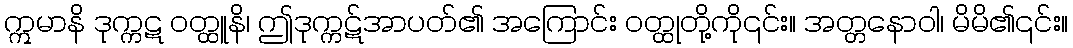
ဣမာနိ ဒုက္ကဋ ဝတ္ထူနိ၊ ဤဒုက္ကဋ်အာပတ်၏ အကြောင်း ဝတ္ထုတို့ကို၎င်း။ အတ္တနောဝါ၊ မိမိ၏၎င်း။